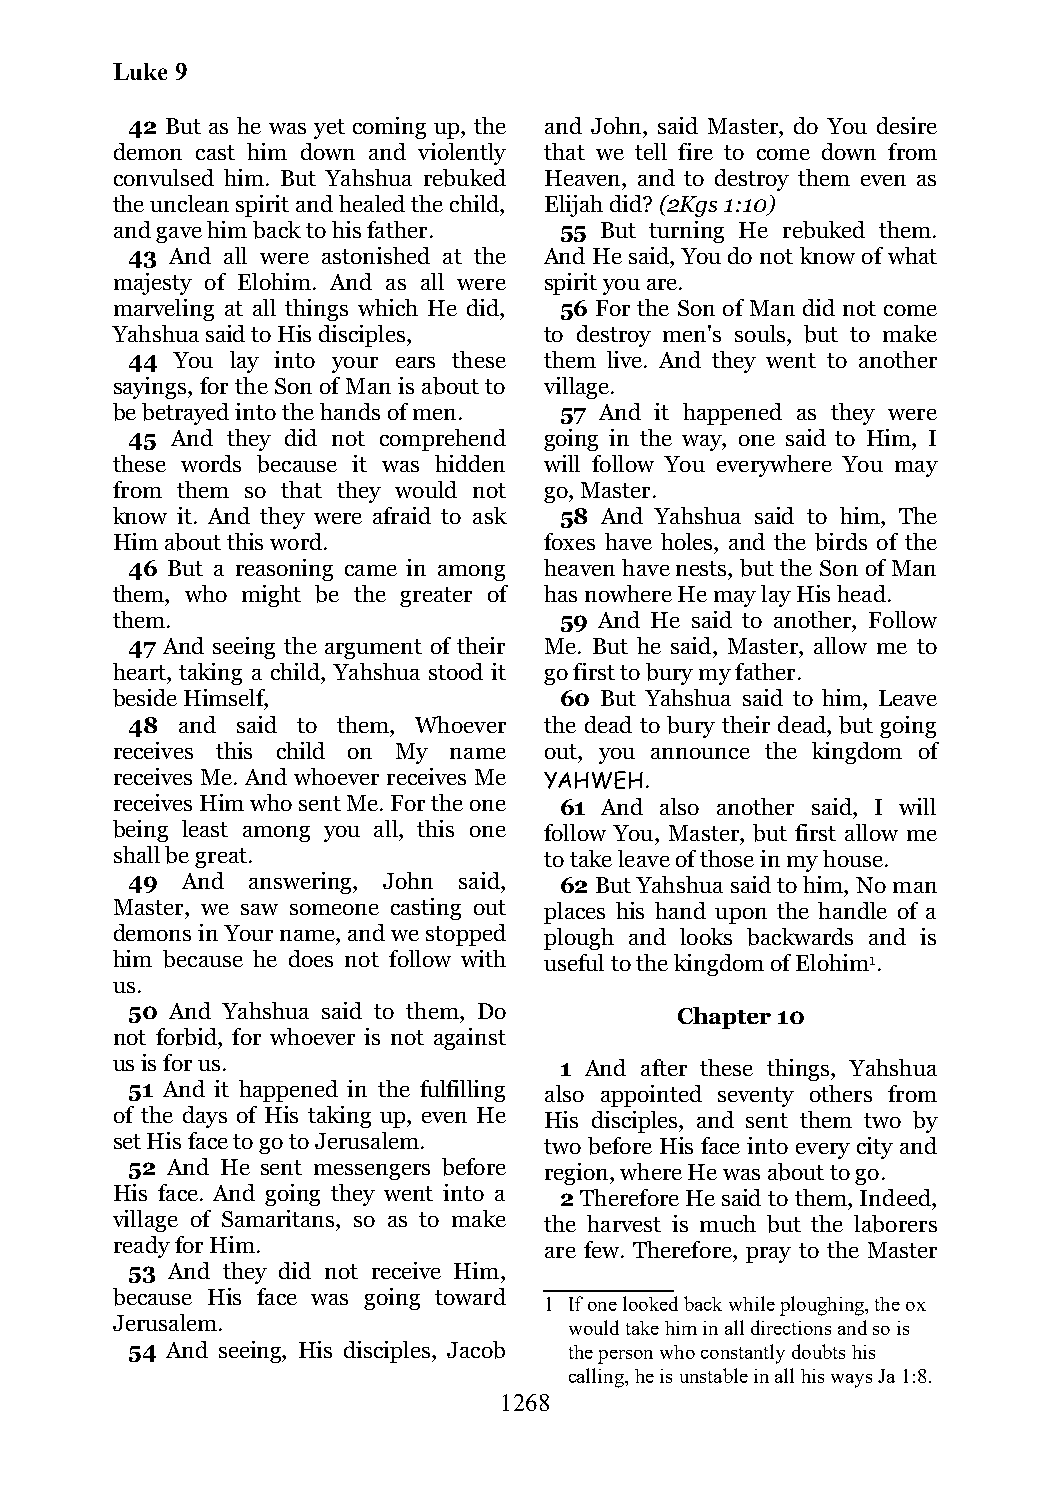
Luke 9
 42 But as he was yet coming up, the and John, said Master, do You desire
 demon cast him down and violently that we tell fire to come down from
 convulsed him. But Yahshua rebuked Heaven, and to destroy them even as
 the unclean spirit and healed the child, Elijah did? (2Kgs 1:10)
 and gave him back to his father. 55 But turning He rebuked them.
 43 And all were astonished at the And He said, You do not know of what
 majesty of Elohim. And as all were spirit you are.
 marveling at all things which He did, 56 For the Son of Man did not come
 Yahshua said to His disciples, to destroy men's souls, but to make
 44  You lay into your ears these them live. And they went to another
 sayings, for the Son of Man is about to village.
 be betrayed into the hands of men. 57 And it happened as they were
 45 And they did not comprehend going in the way, one said to Him, I
 these words because it was hidden will follow You everywhere You may
 from them so that they would not go, Master.
 know it. And they were afraid to ask 58 And Yahshua said to him, The
 Him about this word.         foxes have holes, and the birds of the
 46 But a reasoning came in among heaven have nests, but the Son of Man
 them, who might be the greater of has nowhere He may lay His head.
 them.                         59 And He said to another, Follow
 47 And seeing the argument of their Me. But he said, Master, allow me to
 heart, taking a child, Yahshua stood it go first to bury my father.
 beside Himself,               60 But Yahshua said to him, Leave
 48  and said to them, Whoever the dead to bury their dead, but going
 receives this child on My name out, you announce the kingdom of
 receives Me. And whoever receives Me YAHWEH.
 receives Him who sent Me. For the one 61 And also another said, I will
 being least among you all, this one follow You, Master, but first allow me
 shall be great.              to take leave of those in my house.
 49  And answering, John said, 62 But Yahshua said to him, No man
 Master, we saw someone casting out places his hand upon the handle of a
 demons in Your name, and we stopped plough and looks backwards and is
 him because he does not follow with useful to the kingdom of Elohim1.
 us.
 50 And Yahshua said to them, Do      Chapter 10
 not forbid, for whoever is not against
 us is for us.                 1 And after these things, Yahshua
 51 And it happened in the fulfilling also appointed seventy others from
 of the days of His taking up, even He His disciples, and sent them two by
 set His face to go to Jerusalem. two before His face into every city and
 52 And He sent messengers before region, where He was about to go.
 His face. And going they went into a 2 Therefore He said to them, Indeed,
 village of Samaritans, so as to make the harvest is much but the laborers
 ready for Him.               are few. Therefore, pray to the Master
 53 And they did not receive Him,
 because His face was going toward
 1 If one looked back while ploughing, the ox
 Jerusalem.                     would take him in all directions and so is
 54 And seeing, His disciples, Jacob the person who constantly doubts his
 calling, he is unstable in all his ways Ja 1:8.
 1268